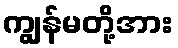
ကျွန်မတို့အား